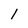
Character: l